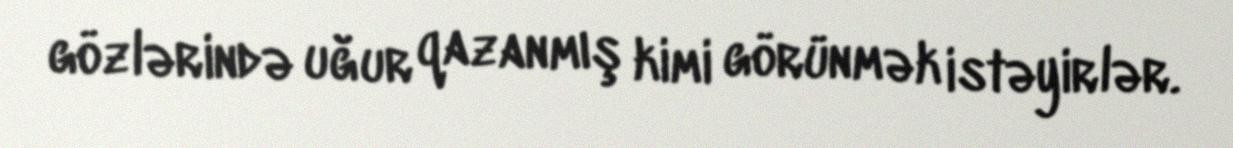
gözlərində uğur qazanmış kimi görünmək istəyirlər.